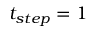
t _ { s t e p } = 1